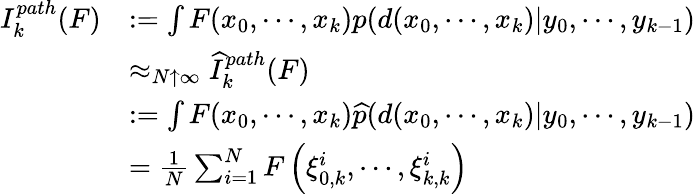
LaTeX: {\begin{array}{rl}{I_{k}^{path}(F)}&{:=\int F(x_{0},\cdots,x_{k})p(d(x_{0},\cdots,x_{k})|y_{0},\cdots,y_{k-1})}\\ &{\approx_{N\uparrow\infty}{\widehat{I}}_{k}^{path}(F)}\\ &{:=\int F(x_{0},\cdots,x_{k}){\widehat{p}}(d(x_{0},\cdots,x_{k})|y_{0},\cdots,y_{k-1})}\\ &{={\frac{1}{N}}\sum_{i=1}^{N}F\left(\xi_{0,k}^{i},\cdots,\xi_{k,k}^{i}\right)}\end{array}}